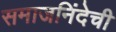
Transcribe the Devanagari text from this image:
समाजनिंदेची